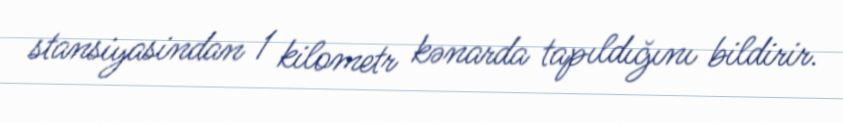
stansiyasindan 1 kilometr kənarda tapıldığını bildirir.